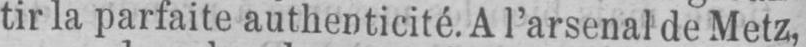
tira parfaite authenticité. A l’arsenal de Metz,